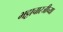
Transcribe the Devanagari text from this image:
भट्टाचारजीच्या